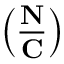
\left( { \frac { \mathbf { N } } { \mathbf { C } } } \right)